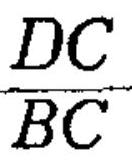
\frac{DC}{BC}